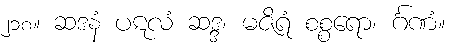
၂၁၈။ ဆဒနံ ပဋလံ ဆဒ္ဒ၊ မဇိရံ စစ္စရော၊ င်္ဂဏံ။